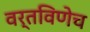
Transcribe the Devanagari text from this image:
वर्तविणेच